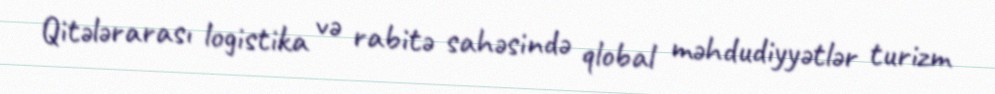
Qitələrarası logistika və rabitə sahəsində qlobal məhdudiyyətlər turizm